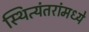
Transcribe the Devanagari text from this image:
स्थित्यंतरांमध्ये